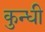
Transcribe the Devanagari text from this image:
कुन्धी